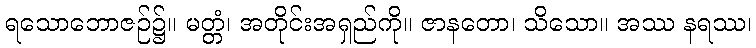
ရသောဘောဇဉ်၌။ မတ္တံ၊ အတိုင်းအရှည်ကို။ ဇာနတော၊ သိသော။ အဿ နရဿ၊